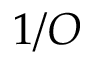
1 / O